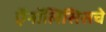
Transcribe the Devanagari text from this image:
ऍनॉलिसिसचे